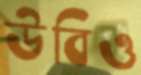
উবিও